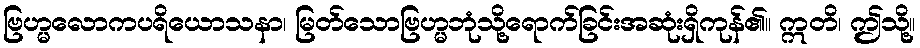
ဗြဟ္မလောကပရိယောသနာ၊ မြတ်သောဗြဟ္မဘုံသို့ရောက်ခြင်းအဆုံးရှိကုန်၏။ ဣတိ၊ ဤသို့။